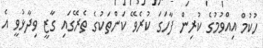
ހުކުމް އިއްވުމުގެ ކުރިން ފާހަގަ ކުރެވޭ ކަންތަކުގެ ތެރޭގައި ގާޒީ ވިދާޅުވީ އެ